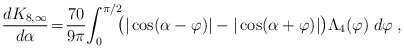
\begin{align*} {d K_{8, \infty} \over d\alpha}\!=\!{70 \over 9\pi}\!\int_0^{\pi/2}\!\!\!\big ( |\cos(\alpha-\varphi)|-|\cos(\alpha+\varphi)|\big )\Lambda_4(\varphi)\;d\varphi\;,\end{align*}